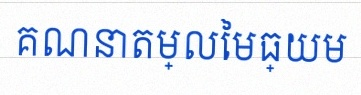
គណនាតម្លៃមធ្យម